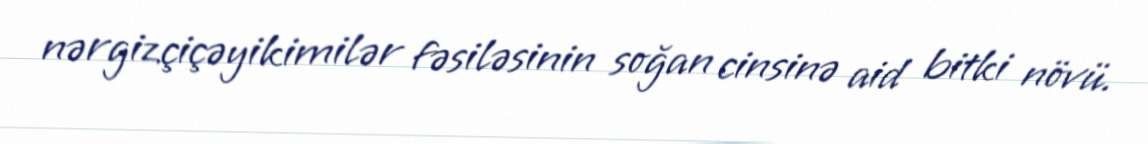
nərgizçiçəyikimilər fəsiləsinin soğan cinsinə aid bitki növü.